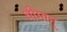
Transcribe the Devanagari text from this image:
धीमान्‌